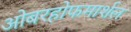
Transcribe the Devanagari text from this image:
ओबरहोफमार्शल